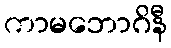
ကာမဘောဂိနီ